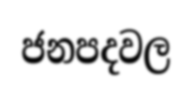
ජනපදවල